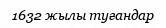
1632 жылы туғандар